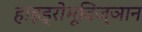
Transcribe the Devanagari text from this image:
हाइड्रोभूविज्ञान